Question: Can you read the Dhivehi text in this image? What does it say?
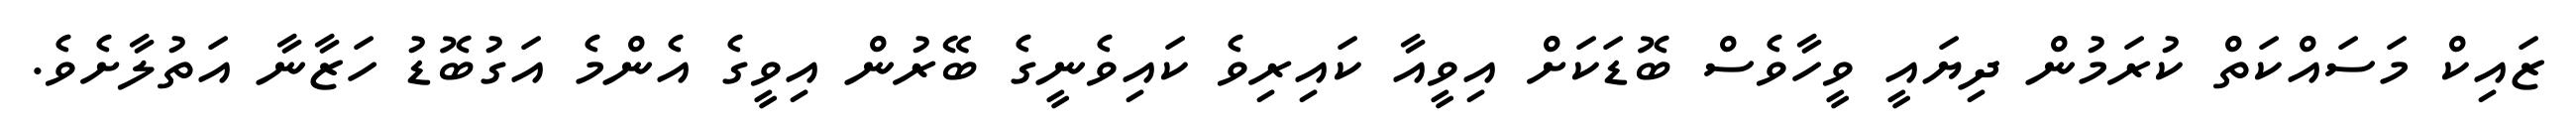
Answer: ޒައިކް މަސައްކަތް ކުރަމުން ދިޔައީ ވީހާވެސް ބޮޑަކަށް އިވީއާ ކައިރިވެ ކައިވެނީގެ ބޭރުން އިވީގެ އެންމެ އަގުބޮޑު ހަޒާނާ އަތުލާށެވެ.